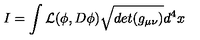
I = \int { \cal L } ( \phi , D \phi ) \sqrt { d e t ( g _ { \mu \nu } ) } d ^ { 4 } x